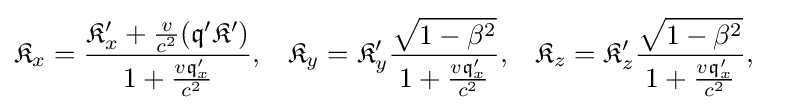
{\begin{aligned}{\mathfrak {K}}_{x}&={\frac {{\mathfrak {K}}_{x}^{\prime }+{\frac {v}{c^{2}}}({\mathfrak {q'K'}})}{1+{\frac {v{\mathfrak {q}}_{x}^{\prime }}{c^{2}}}}},&{\mathfrak {K}}_{y}&={\mathfrak {K}}_{y}^{\prime }{\frac {\sqrt {1-\beta ^{2}}}{1+{\frac {v{\mathfrak {q}}_{x}^{\prime }}{c^{2}}}}},&{\mathfrak {K}}_{z}&={\mathfrak {K}}_{z}^{\prime }{\frac {\sqrt {1-\beta ^{2}}}{1+{\frac {v{\mathfrak {q}}_{x}^{\prime }}{c^{2}}}}},\end{aligned}}